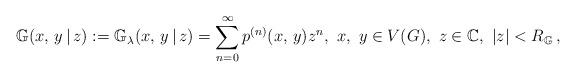
LaTeX: \begin{align*}\mathbb{G}(x,\, y\, |\, z):=\mathbb{G}_\lambda(x,\, y\, | \, z)=\sum_{n=0}^\infty p^{(n)}(x,\, y)z^n,~ x,~y\in V(G),~z\in \mathbb{C},\ |z| < R_{\mathbb{G}} \, ,\end{align*}